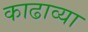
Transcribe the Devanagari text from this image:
काढाव्या